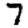
Digit: 7